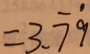
= 3 . \dot { 7 } \dot { 9 }